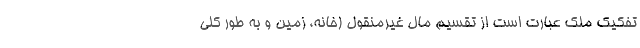
تفکیک ملک عبارت است از تقسیم مال غیرمنقول (خانه، زمین و به طور کلی